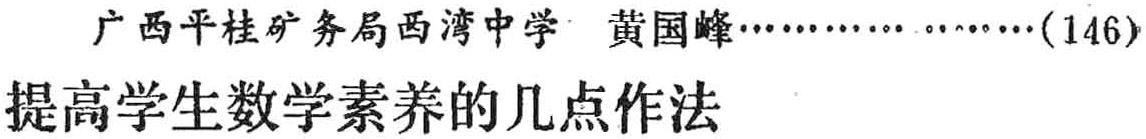
广西平桂矿务局西湾中学 黄国峰\ldots\ldots\ldots\ldots(146)\\

提高学生数学素养的几点作法